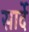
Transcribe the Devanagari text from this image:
सार्दे